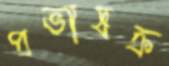
প্রভাষক্র